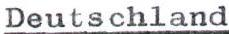
Deutschland